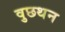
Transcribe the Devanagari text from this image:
वुछथन